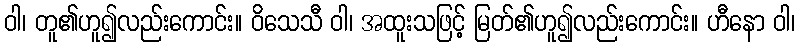
ဝါ၊ တူ၏ဟူ၍လည်းကောင်း။ ဝိသေသီ ဝါ၊ အထူးသဖြင့် မြတ်၏ဟူ၍လည်းကောင်း။ ဟီနော ဝါ၊